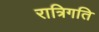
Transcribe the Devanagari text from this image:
रात्रिगति